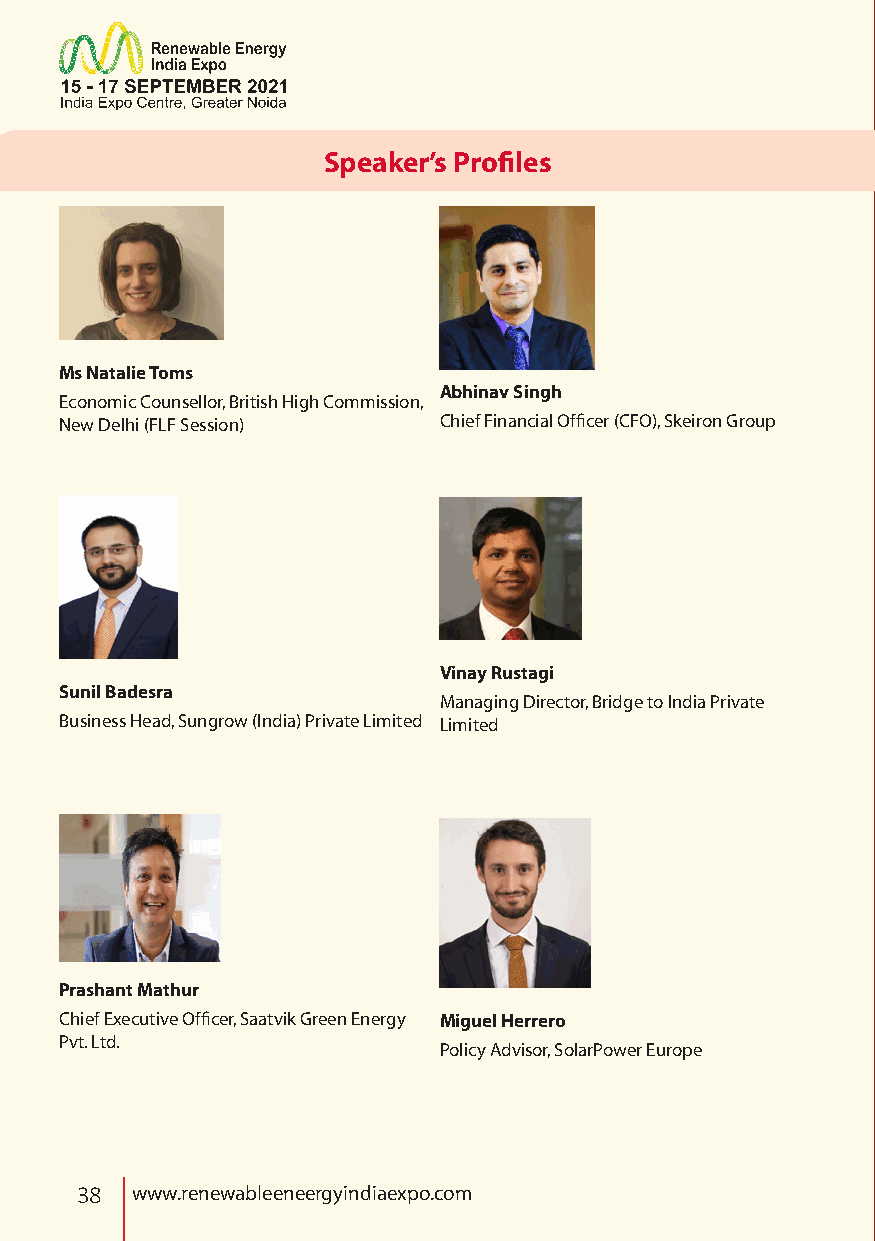
Speaker’s Profiles
 Ms Natalie Toms
 Abhinav Singh
 Economic Counsellor, British High Commission,
 New Delhi (FLF Session)  Chief Financial Officer (CFO), Skeiron Group
 Vinay Rustagi
 Sunil Badesra
 Managing Director, Bridge to India Private
 Business Head, Sungrow (India) Private Limited Limited
 Prashant Mathur
 Chief Executive Officer, Saatvik Green Energy Miguel Herrero
 Pvt. Ltd.
 Policy Advisor, SolarPower Europe
 38  www.renewableeneergyindiaexpo.com